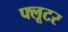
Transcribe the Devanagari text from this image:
फ्लूटर